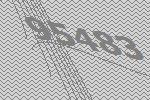
95483